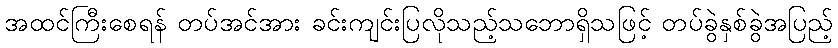
အထင်ကြီးစေရန် တပ်အင်အား ခင်းကျင်းပြလိုသည့်သဘောရှိသဖြင့် တပ်ခွဲနှစ်ခွဲအပြည့်